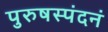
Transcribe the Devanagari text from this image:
पुरुषस्पंदनं